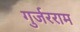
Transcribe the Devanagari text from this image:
गुर्जरराम